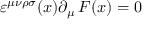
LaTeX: \varepsilon ^ { \mu \nu \rho \sigma } ( x ) \partial _ { \mu } \, F ( x ) = 0